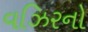
વઝિરનો